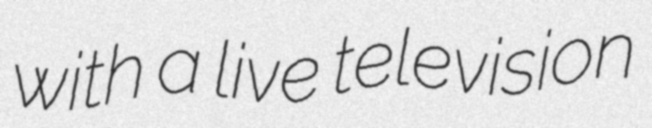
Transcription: with a live television